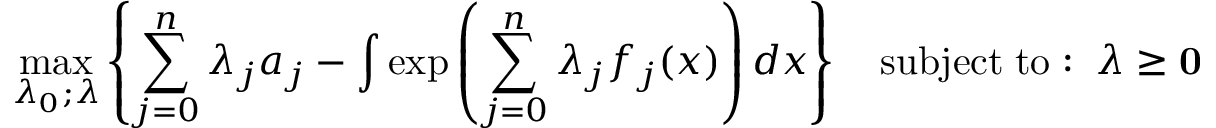
\operatorname* { m a x } _ { \lambda _ { 0 } ; { \boldsymbol { \lambda } } } \left\{ \sum _ { j = 0 } ^ { n } \lambda _ { j } a _ { j } - \int \exp \left( \sum _ { j = 0 } ^ { n } \lambda _ { j } f _ { j } ( x ) \right) d x \right\} \quad \mathrm { s u b j e c t \; t o : \; \; } { \boldsymbol { \lambda } } \geq \mathbf { 0 }